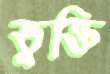
ভুক্তি